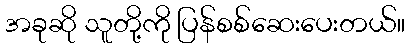
အခုဆို သူတို့ကို ပြန်စစ်ဆေးပေးတယ်။